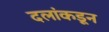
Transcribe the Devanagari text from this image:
दलांकडून